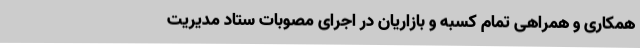
همکاری و همراهی تمام کسبه و بازاریان در اجرای مصوبات ستاد مدیریت